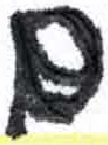
אות: ם